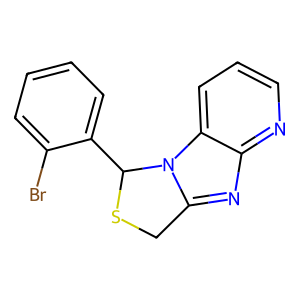
SMILES: Brc1ccccc1C1SCc2nc3ncccc3n21
Inhibits HIV replication: No